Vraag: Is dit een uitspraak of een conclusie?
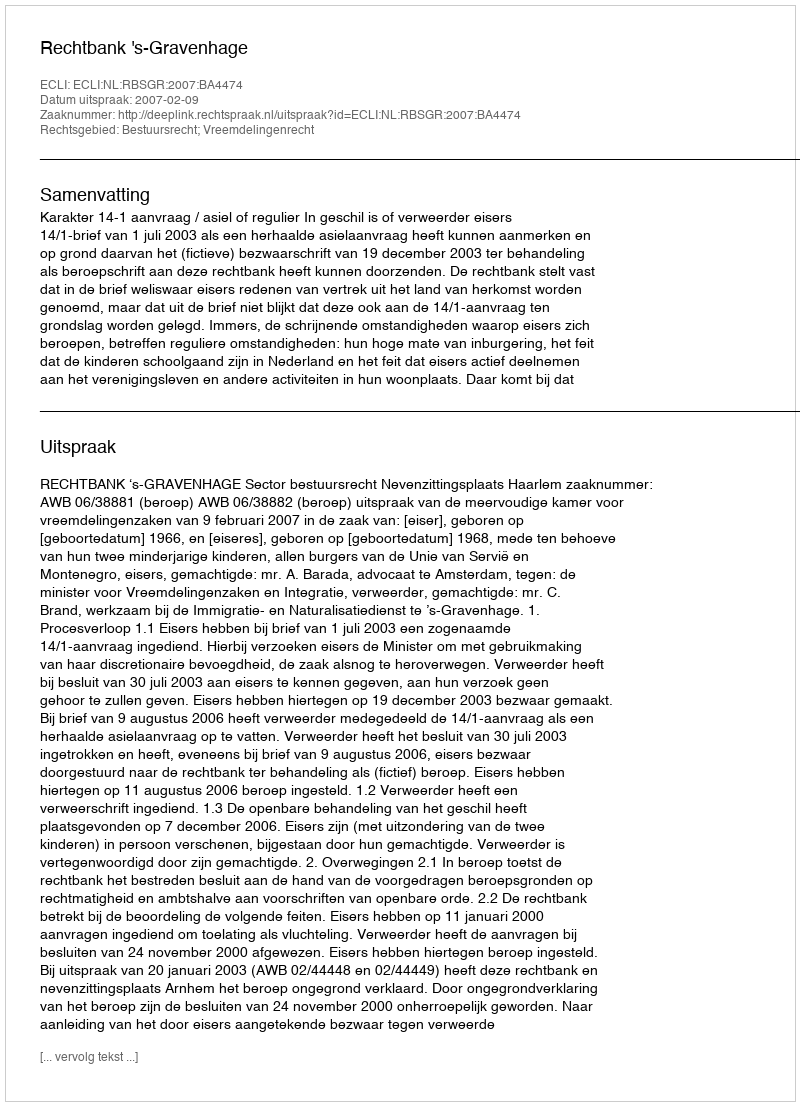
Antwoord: Uitspraak